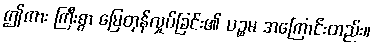
ဤကား ကြီးစွာ မြေတုန်လှုပ်ခြင်း၏ ပဉ္စမ အကြောင်းတည်း။